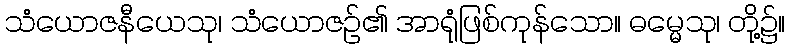
သံယောဇနီယေသု၊ သံယောဇဉ်၏ အာရုံဖြစ်ကုန်သော။ ဓမ္မေသု၊ တို့၌။